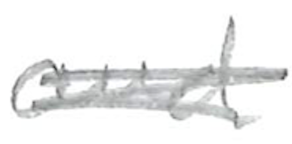
Text: and
Cross-out: scratch
Writing tool: pencil